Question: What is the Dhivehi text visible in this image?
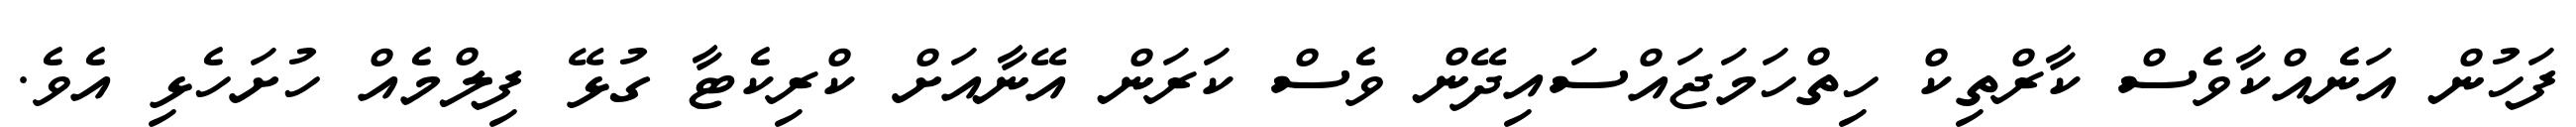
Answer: ފަހުން އަނެއްކާވެސް ކާރްތިކް ހިތްހަމަޖައްސައިދޭން ވެސް ކަރަން އޭނާއަށް ކްރިކެޓާ ގުޅޭ ފިލްމެއް ހުށަހެޅި އެވެ.